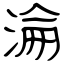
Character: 淪